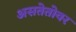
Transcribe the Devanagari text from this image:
असतेतोवर